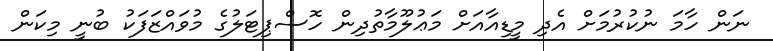
ނަން ހާމަ ނުކުރުމަށް އެދި މީޑިއާއަށް މަޢުލޫމާތުދިން ހޮސްޕިޓަލުގެ މުވައްޒަފަކު ބުނީ މިކަން